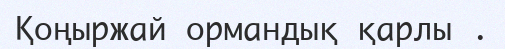
Қоңыржай ормандық қарлы .